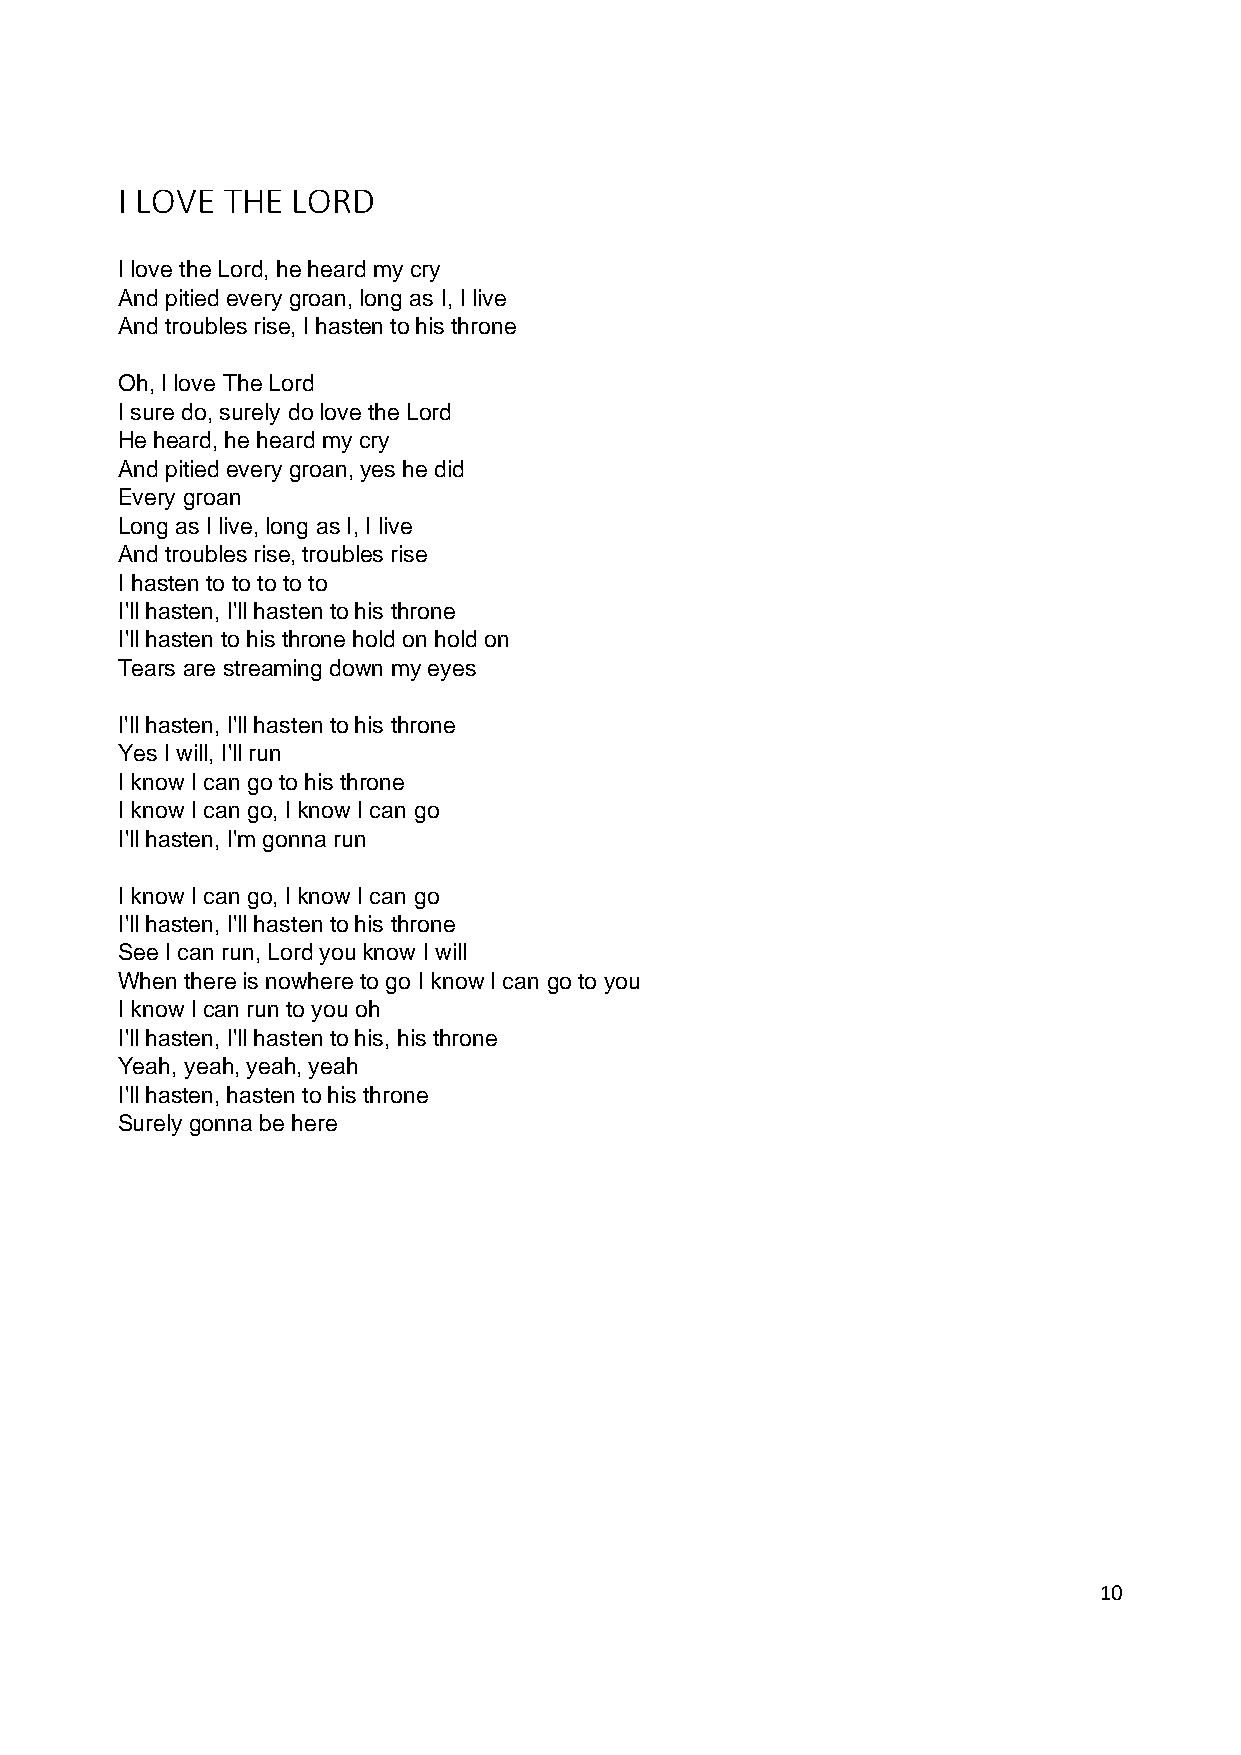
I LOVE THE LORD
 I love the Lord, he heard my cry
 And pitied every groan, long as I, I live
 And troubles rise, I hasten to his throne
 Oh, I love The Lord
 I sure do, surely do love the Lord
 He heard, he heard my cry
 And pitied every groan, yes he did
 Every groan
 Long as I live, long as I, I live
 And troubles rise, troubles rise
 I hasten to to to to to
 I'll hasten, I'll hasten to his throne
 I'll hasten to his throne hold on hold on
 Tears are streaming down my eyes
 I'll hasten, I'll hasten to his throne
 Yes I will, I'll run
 I know I can go to his throne
 I know I can go, I know I can go
 I'll hasten, I'm gonna run
 I know I can go, I know I can go
 I'll hasten, I'll hasten to his throne
 See I can run, Lord you know I will
 When there is nowhere to go I know I can go to you
 I know I can run to you oh
 I'll hasten, I'll hasten to his, his throne
 Yeah, yeah, yeah, yeah
 I'll hasten, hasten to his throne
 Surely gonna be here
 10